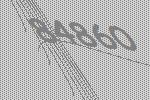
84860